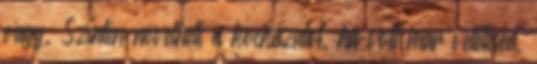
vagy. Szintén növelheti a kockázatot, ha volt már vetélésed,